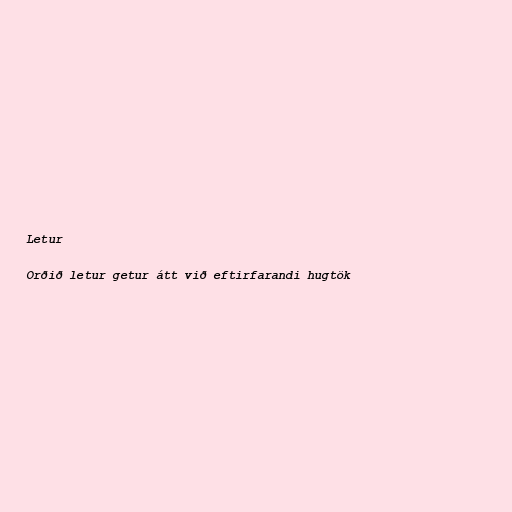
Letur

Orðið letur getur átt við eftirfarandi hugtök